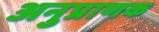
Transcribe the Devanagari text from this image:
अनुप्राणक